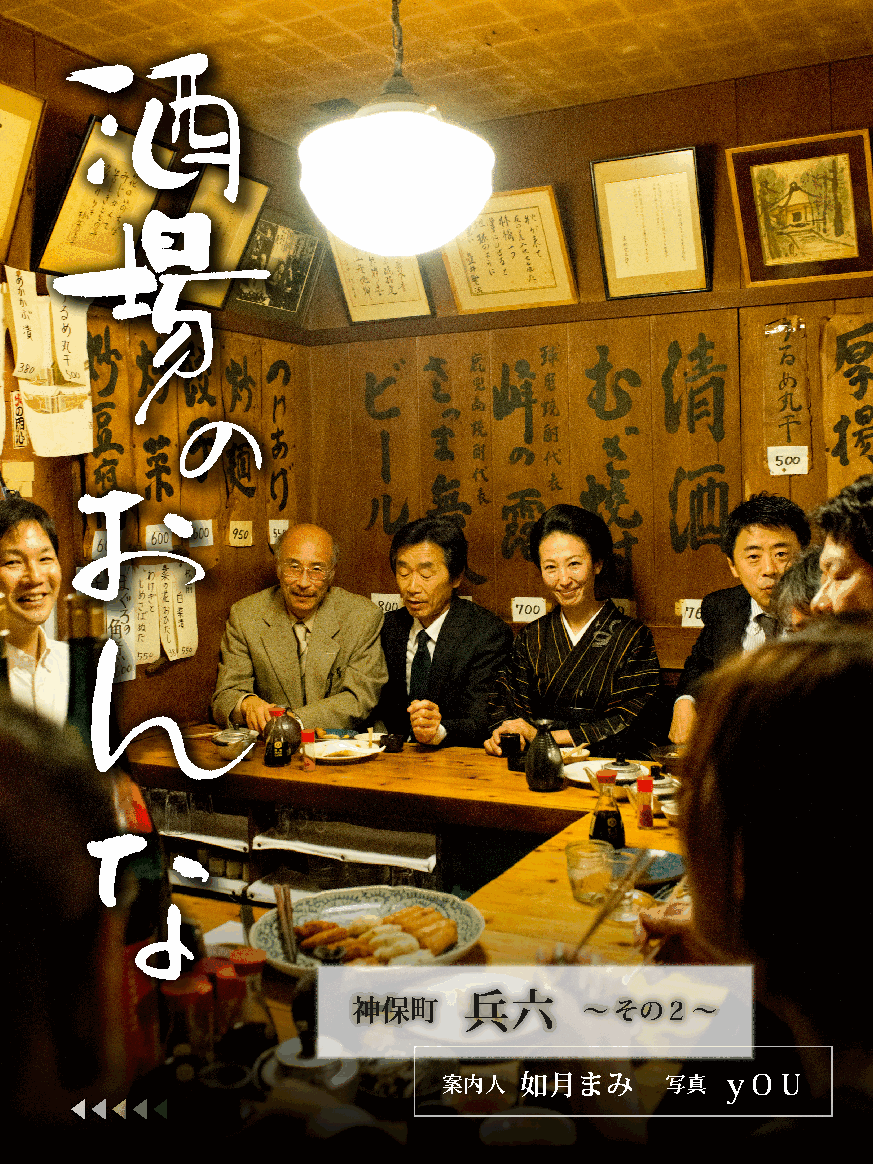
神保町     兵六      ～その２～
 案内人  如月まみ      写真  ｙＯＵ